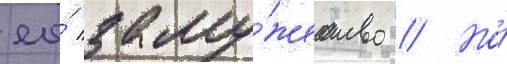
ео́ заму́жество // Но́